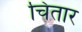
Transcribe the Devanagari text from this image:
चितार